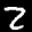
Label: 2